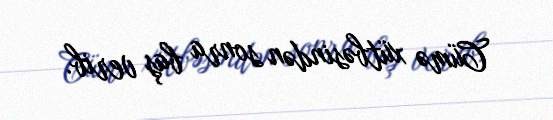
Cümə xütbəsindən sonra baş verib.